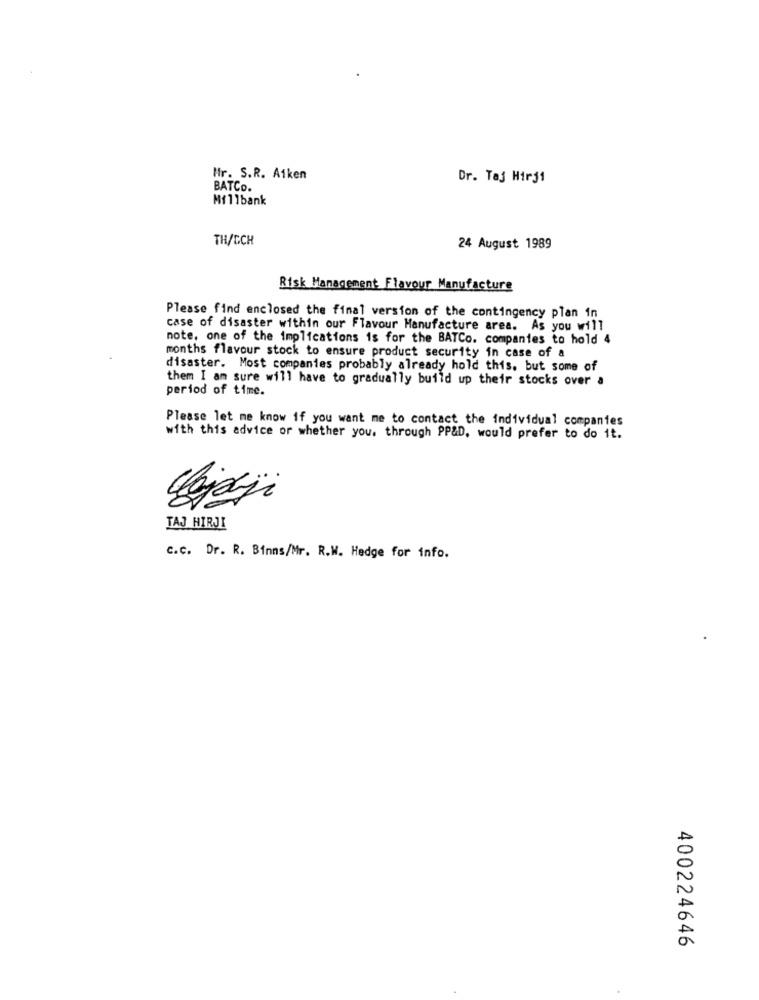
Hr. S.R. Aiken
Dr. Taj Hirj1
BATCO.
Millbank
TH/CCH
24 August 1989
Risk Management Flavour Manufacture
Please find enclosed the final version of the contingency plan in
case of disaster within our Flavour Manufacture area. As you will
note, one of the implications is for the BATCo. companies to hold 4
months flavour stock to ensure product security in case of a
disaster. Most companies probably already hold this, but some of
them I am sure will have to gradually build up their stocks over a
period of time.
Please let me know if you want me to contact the individual companies
with this advice or whether you. through PP&D, would prefer to do it.
TAJ HIRJI
c.c. Dr. R. Binns/Mr. R.W. Hedge for info.
400224646